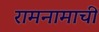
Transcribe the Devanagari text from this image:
रामनामाची